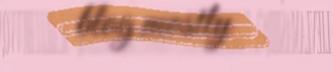
blog mostly